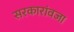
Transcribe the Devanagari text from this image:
सरकारांवजा